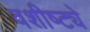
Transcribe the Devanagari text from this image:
वशीष्ट्ये